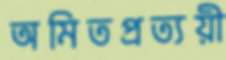
অমিতপ্রত্যয়ী